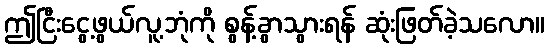
ဤငြီးငွေ့ဖွယ်လူ့ဘုံကို စွန့်ခွာသွားရန် ဆုံးဖြတ်ခဲ့သလော။